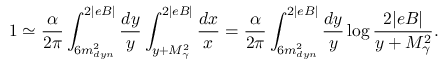
1 \simeq \frac { \alpha } { 2 \pi } \int _ { 6 m _ { d y n } ^ { 2 } } ^ { 2 | e B | } \frac { d y } { y } \int _ { y + M _ { \gamma } ^ { 2 } } ^ { 2 | e B | } \frac { d x } { x } = \frac { \alpha } { 2 \pi } \int _ { 6 m _ { d y n } ^ { 2 } } ^ { 2 | e B | } \frac { d y } { y } \log \frac { 2 | e B | } { y + M _ { \gamma } ^ { 2 } } .